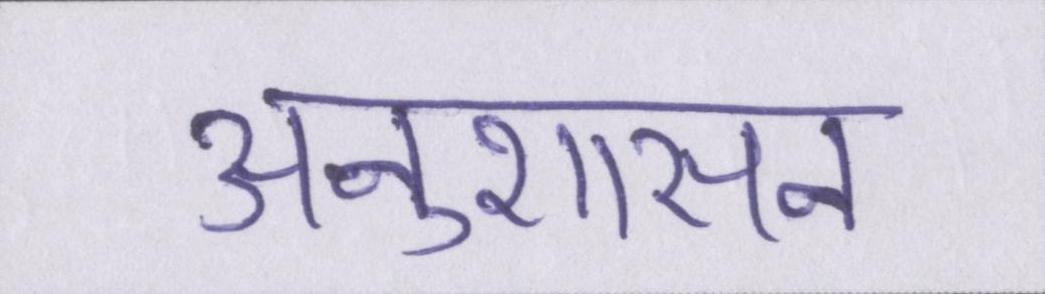
अनुशासन